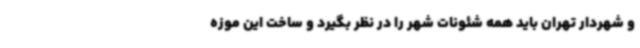
و شهردار تهران باید همه شئونات شهر را در نظر بگیرد و ساخت این موزه